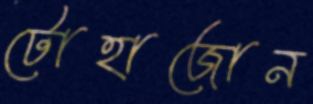
টোহাজোন